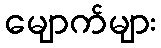
မျောက်များ